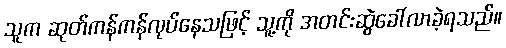
သူက ဆုတ်ကန်ကန်လုပ်နေသဖြင့် သူ့ကို အတင်းဆွဲခေါ်လာခဲ့ရသည်။